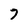
Character: 7